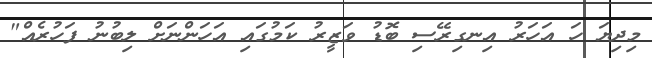
މިިދިޔަ ހަ އަހަރު އިނގިރޭސި ބޮޑު ވަޒީރު ކަމުގައި އަހަންނަށް ލިބުނު ފަހުރެއް"